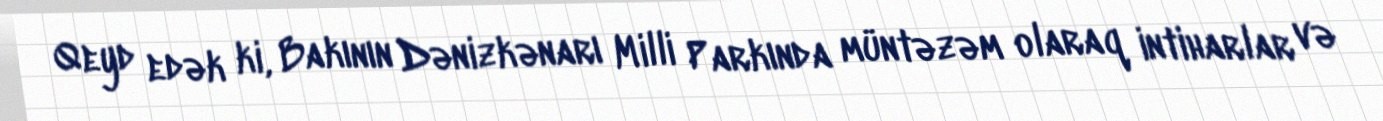
Qeyd edək ki, Bakının Dənizkənarı Milli Parkında müntəzəm olaraq intiharlar və